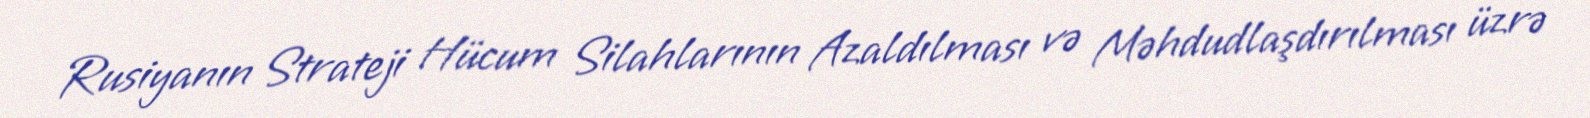
Rusiyanın Strateji Hücum Silahlarının Azaldılması və Məhdudlaşdırılması üzrə